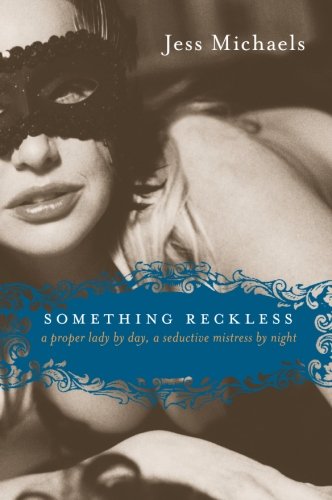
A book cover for Something Reckless (Albright Sisters Series); Jess Michaels; Romance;